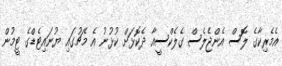
އެމެރިކާގެ ލޮސް އެންޖެލެސް ގެލެކްސީއާ ދެކޮޅަށް ކުޅުނު އެ މެޗުގައި ޔުނައިޓެޑްގެ ޓީމުން